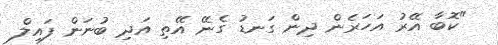
"ކޮބާ އޭރު އަހަރެން ދިން ގަނޑު ގެނޭ އޭތި އަދި ބުނަން ފައިލް